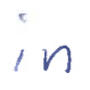
Text: in
Cross-out: clean
Writing tool: ballpoint